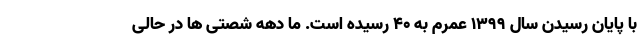
با پایان رسیدن سال ۱۳۹۹ عمرم به ۴۰ رسیده است. ما دهه شصتی ها در حالی